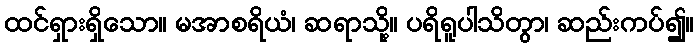
ထင်ရှားရှိသော။ မအာစရိယံ၊ ဆရာသို့။ ပရိရူပါသိတွာ၊ ဆည်းကပ်၍။